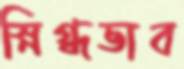
স্নিগ্ধভাব